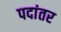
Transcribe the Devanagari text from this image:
पदांतर